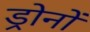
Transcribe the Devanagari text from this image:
ड्रोनों